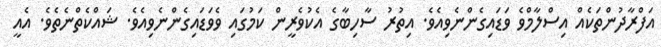
އަފްރާދުންތަކެއް އިސްލާމްވެ ވަޑައިގެންނެވިއެވެ. އިތުރު ސާހިބާގެ އެކުވެރީން ކަމުގައި ވެވަޑައިގެންނެވިއެވެ. ޝައްކެތްނެތެވެ. އެއީ